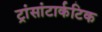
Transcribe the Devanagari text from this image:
ट्रांसांटार्कटिक